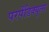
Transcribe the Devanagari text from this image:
परपेंडिक्युलर